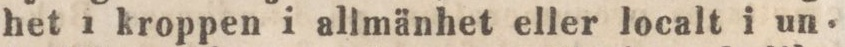
het i kroppen i allmänhet eller localt i un-